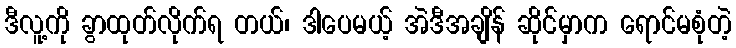
ဒီလူ့ကို ခွာထုတ်လိုက်ရ တယ်၊ ဒါပေမယ့် အဲဒီအချိန် ဆိုင်မှာက ရောင်မစုံတဲ့